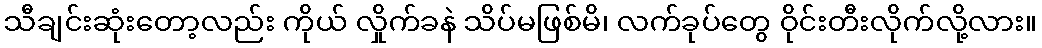
သီချင်းဆုံးတော့လည်း ကိုယ် လှိုက်ခနဲ သိပ်မဖြစ်မိ၊ လက်ခုပ်တွေ ဝိုင်းတီးလိုက်လို့လား။